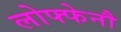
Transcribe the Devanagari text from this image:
लोफ्फेनौ